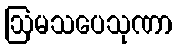
ဩမသပေသုဏာ